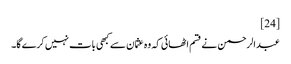
[24]
عبدالرحمن نے قسم اٹھائی کہ وہ عثمان سے کبھی بات نہیں کرے گا۔